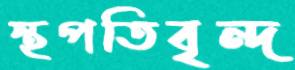
স্থপতিবৃন্দ